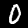
Label: 0